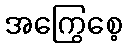
အကြွေစေ့